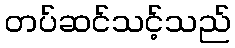
တပ်ဆင်သင့်သည်